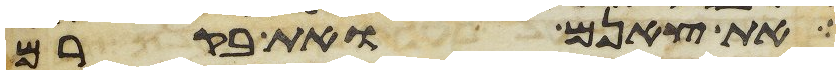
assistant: את צאנם ואת בקרם